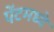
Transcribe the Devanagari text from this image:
पेंटमध्ये